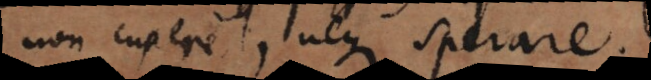
non cupere, neque sperare.